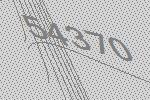
54370